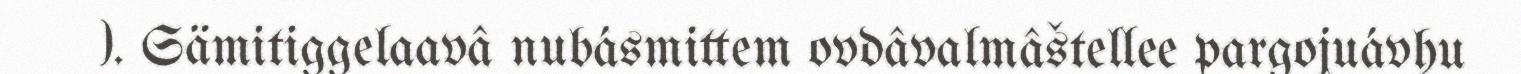
). Sämitiggelaavâ nubásmittem ovdâvalmâštellee pargojuávhu